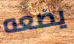
يضعه